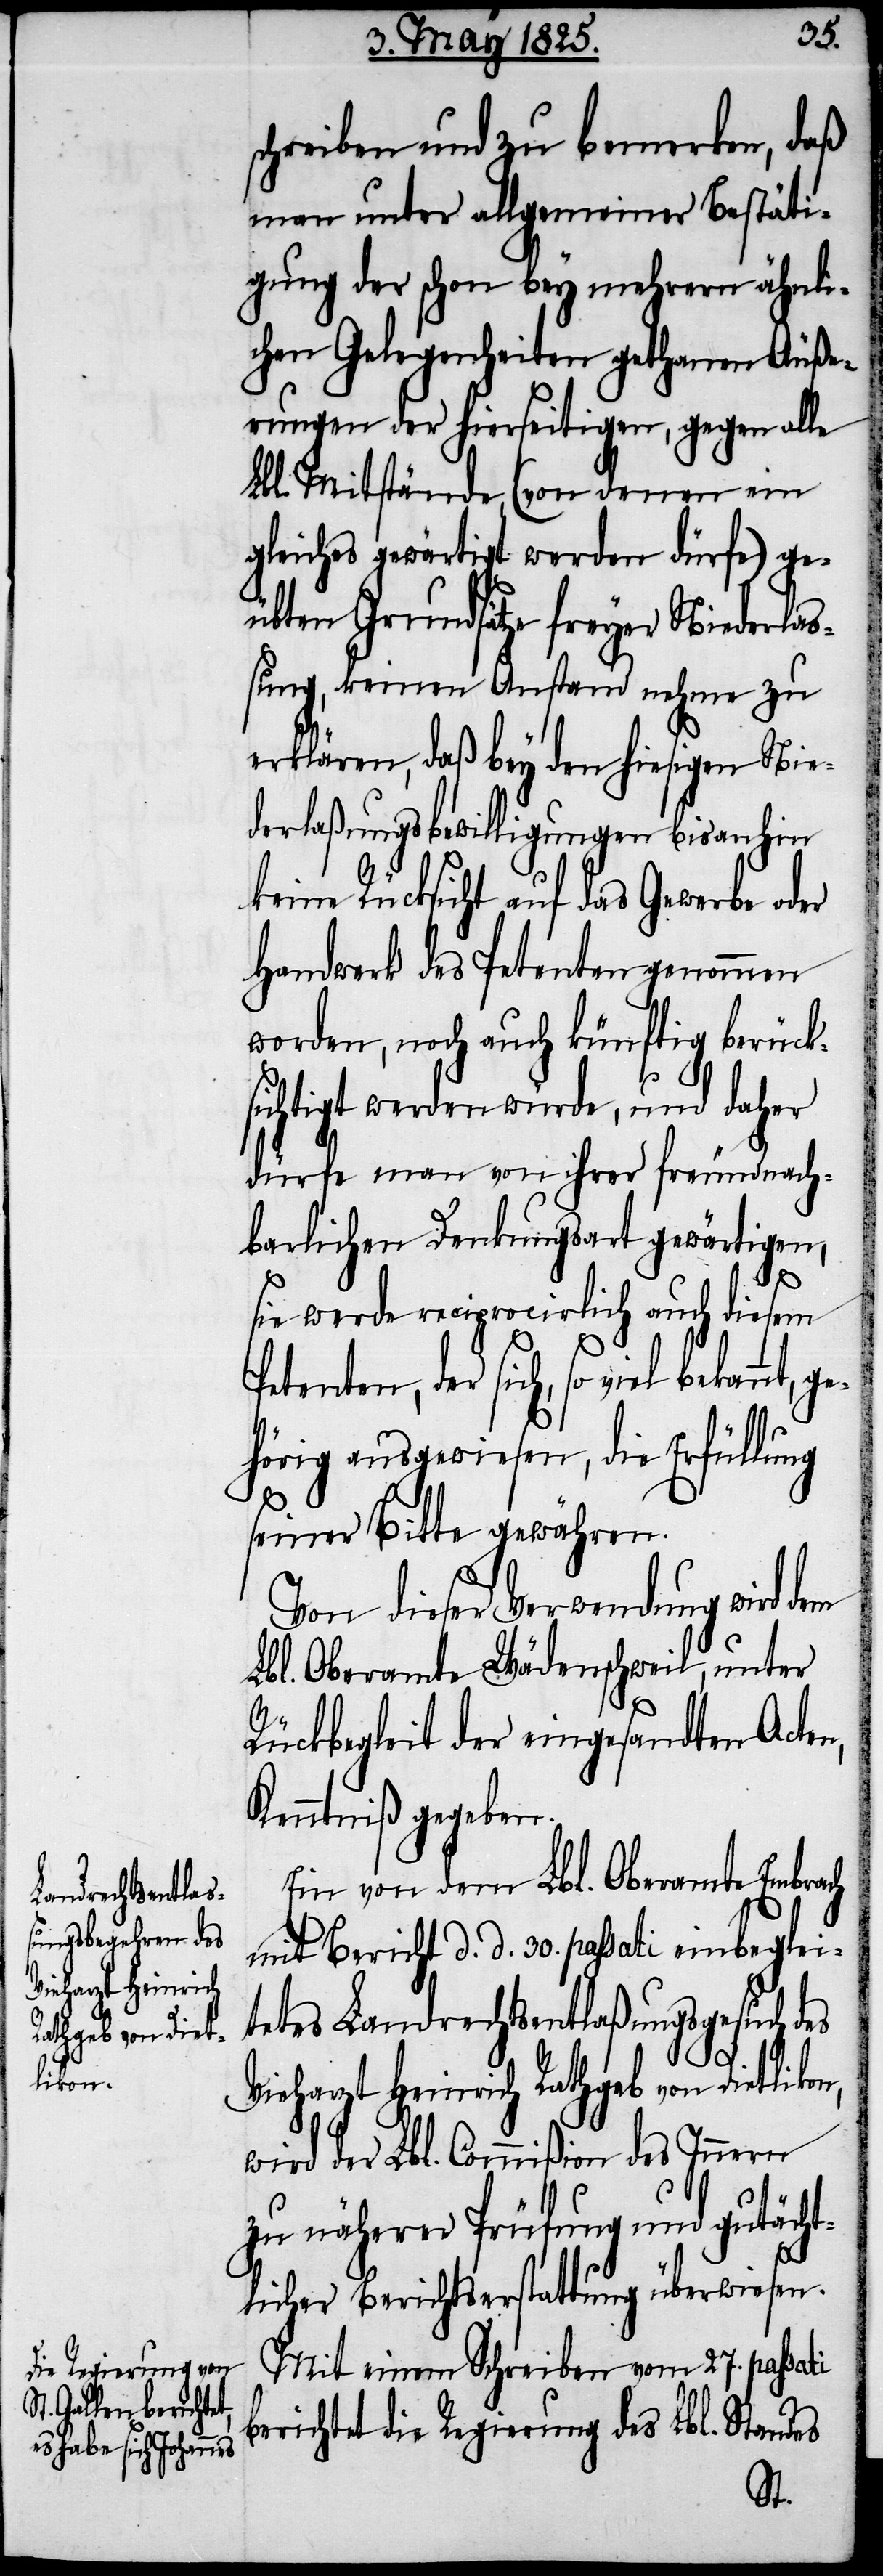
likon,

schreiben und zu bemerken, daß
man unter allgemeiner Bestäti¬
gung der schon bey mehrern ähnli¬
chen Gelegenheiten gethanen Äuße¬
rungen der hierseitigen, gegen alle
Lbl. Mitstände (von denen ein
gleiches gewärtigt werden dürfe) ge¬
übten Grundsätze freyer Niederlaß¬
ung, keinen Anstand nehme zu
erklären, daß bey den hiesigen Nie¬
derlaßungsbewilligungen bis anhin
keine Rücksicht auf das Gewerbe oder
Handwerk des Petenten genommen
worden, noch auch künftig berück¬
sichtigt werden würde, und daher
dürfe man von ihrer freundnach¬
barlichen Denkungsart gewärtigen,
ge¬
sie werde reciprocirlich auch diesem
tenten, der sich, so viel bekannt,
hörig ausgewiesen, die Erfüllung
seiner Bitte gewähren.
Von dieser Verwendung wird dem
Lbl. Oberamte Wädenschweil, unter
Rücksicht der eingesandten Acten,
Kenntniß gegeben.
Ein von dem Lbl. Oberamte Embrach
mit Bericht d. d. 30. passati einbeglei¬
tetes Landrechtsentlaßungsgesuch des
Vieharzt Heinrich Rathgeb von Diet¬
wird der Lbl. Commißion des Innern
zu näherer Prüfung und gutächt¬
licher Berichtserstattung überwiesen.
Mit einem Schreiben vom 27. passati
berichtet die Regierung des Lbl. Standes
Pe¬